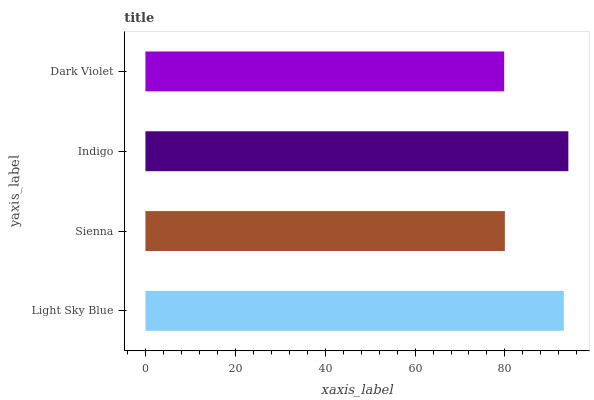
| yaxis_label | bars |
 | --- | --- |
 | Light Sky Blue | 93.1 |
 | Sienna | 80 |
 | Indigo | 94.1 |
 | Dark Violet | 79.8 |